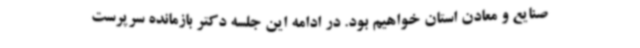
صنایع و معادن استان خواهیم بود. در ادامه این جلسه دکتر بازمانده سرپرست